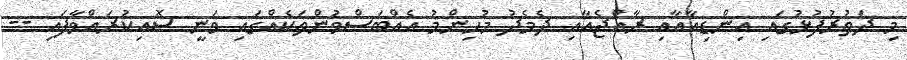
މި ދަތުރުފުޅުގައި އިންޑިއާއާއި ރާއްޖެއާއި ދެމެދު މުހިންމު އެއްބަސްވުންތަކެއްގައި ވަނީ ސޮއިކުރައްވާފައި --